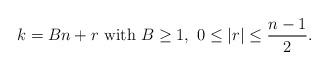
LaTeX: \begin{align*} k=Bn+r \ \textrm{with} \ B \ge 1, \ 0 \le \vert r \vert \le \frac{n-1}{2}.\end{align*}